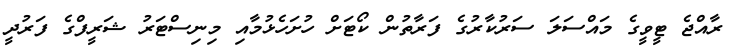
ރާއްޖެ ޓީވީގެ މައްސަލަ ސަރުކާރުގެ ފަރާތުން ކޯޓަށް ހުށަހެޅުމާއި މިނިސްޓަރު ޝަރީފްގެ ފަރުދީ